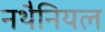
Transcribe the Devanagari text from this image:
नथैनियल